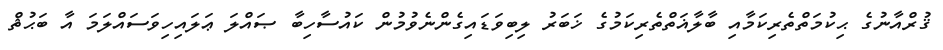
ޤުރްއާނުގެ ޙިކުމަތްތެރިކަމާއި ބާލާޣަތްތެރިކަމުގެ ޚަބަރު ލިބިވަޑައިގެންނެވުމުން ކައުސާހިބާ ޞައްލަ ޢަލައިހިވަސައްލަމަ އާ ބަޙުޘް